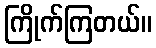
ကြိုက်ကြတယ်။